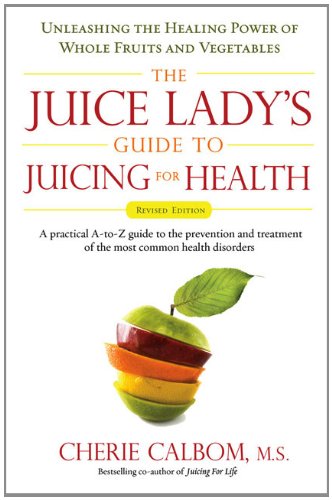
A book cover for The Juice Lady's Guide To Juicing for Health: Unleashing the Healing Power of Whole Fruits and Vegetables Revised Edition; Cherie Calbom; Cookbooks, Food & Wine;